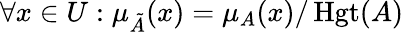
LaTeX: \forall x\in{U}:\mu_{\tilde{A}}(x)=\mu_{A}(x)/\operatorname{Hgt}(A)